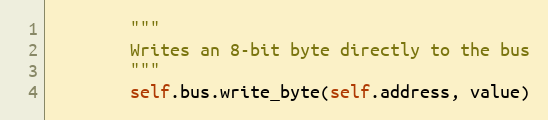
Language: Python
        """
        Writes an 8-bit byte directly to the bus
        """
        self.bus.write_byte(self.address, value)